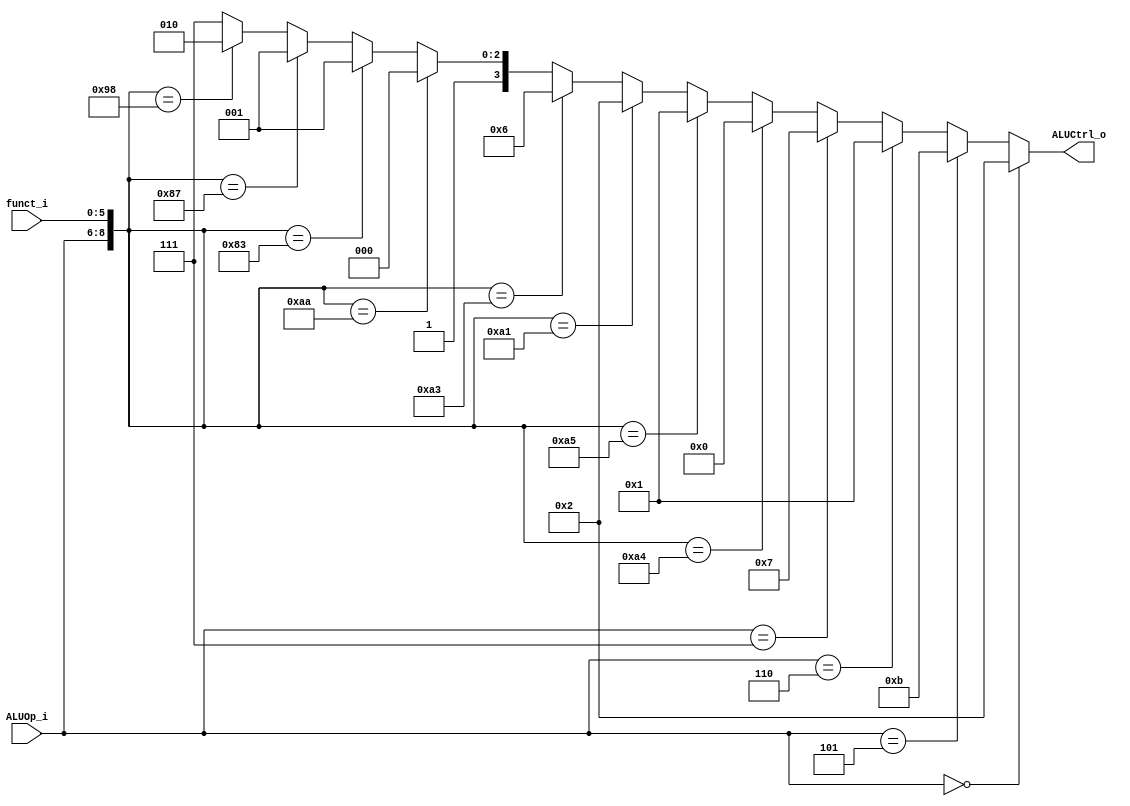
//Subject:     CO project 2 - ALU Controller
//--------------------------------------------------------------------------------
//Version:     1
//--------------------------------------------------------------------------------
//Writer:      
//----------------------------------------------
//Date:        
//----------------------------------------------
//Description: 
//--------------------------------------------------------------------------------

module ALU_Ctrl(
          funct_i,
          ALUOp_i,
          ALUCtrl_o
          );
          
//I/O ports 
input      [6-1:0] funct_i;
input      [3-1:0] ALUOp_i;

output     [4-1:0] ALUCtrl_o;    
     
//Internal Signals
reg        [4-1:0] ALUCtrl_o;

//Parameter

       
//Select exact operation

always@( * )
begin
  if(ALUOp_i == 3'b000)      ALUCtrl_o = 4'b0010; //addi
  //else if(ALUOp_i == 3'b001) ALUCtrl_o = 4'b0110; //beq
  else if(ALUOp_i == 3'b101) ALUCtrl_o = 4'b1011; //lui
  else if(ALUOp_i == 3'b110) ALUCtrl_o = 4'b0001; //ori
  //else if(ALUOp_i == 3'b011) ALUCtrl_o = 4'b0110; //bne
  else if(ALUOp_i == 3'b111) ALUCtrl_o = 4'b0111; //sltiu
  
  else if({ALUOp_i, funct_i} == 9'b010100100) ALUCtrl_o = 4'b0000; //and
  else if({ALUOp_i, funct_i} == 9'b010100101) ALUCtrl_o = 4'b0001; //or
  else if({ALUOp_i, funct_i} == 9'b010100001) ALUCtrl_o = 4'b0010; //addu
  else if({ALUOp_i, funct_i} == 9'b010100011) ALUCtrl_o = 4'b0110; //subu
  else if({ALUOp_i, funct_i} == 9'b010101010) ALUCtrl_o = 4'b1000; //slt
  else if({ALUOp_i, funct_i} == 9'b010000011) ALUCtrl_o = 4'b1001; //sra
  else if({ALUOp_i, funct_i} == 9'b010000111) ALUCtrl_o = 4'b1001; //srav
  else if({ALUOp_i, funct_i} == 9'b010011000) ALUCtrl_o = 4'b1010; // mul
  else ALUCtrl_o = 4'b1111;
end
endmodule